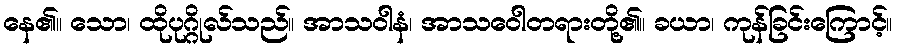
နေ၏။ သော၊ ထိုပုဂ္ဂိုလ်သည်။ အာသဝါနံ၊ အာသဝေါတရားတို့၏။ ခယာ၊ ကုန်ခြင်းကြောင့်။